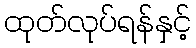
ထုတ်လုပ်ရန်နှင့်